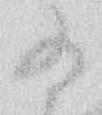
為